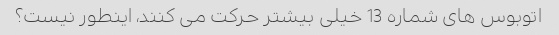
اتوبوس های شماره 13 خیلی بیشتر حرکت می کنند، اینطور نیست؟